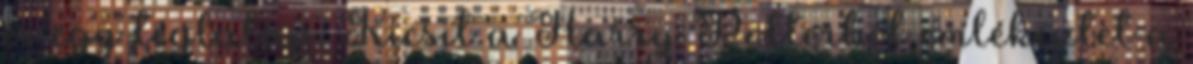
és egy téglalap. Kicsit a Harry Potterből emlékeztet a